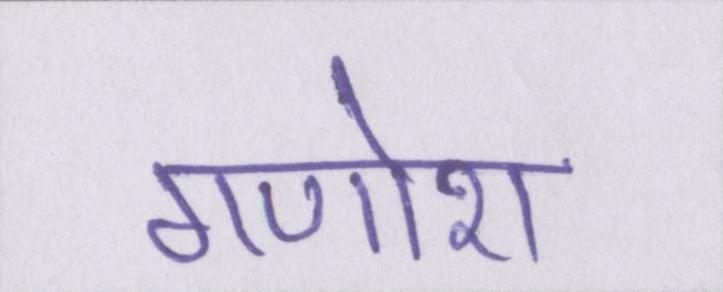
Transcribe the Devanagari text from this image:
गणोश